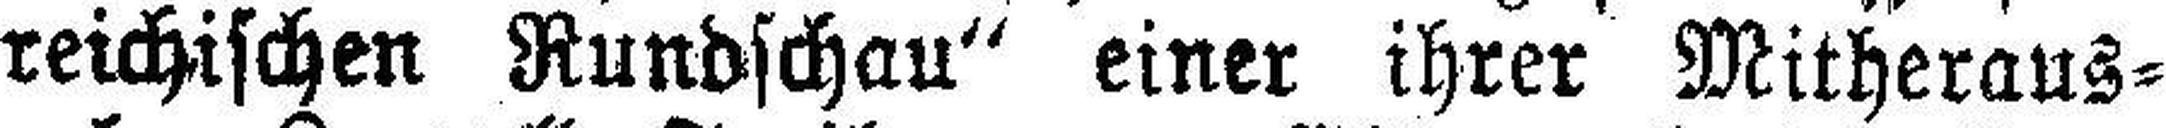
reichischen Rundschau“ einer ihrer Mitheraus¬